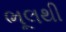
ભૂલથી